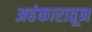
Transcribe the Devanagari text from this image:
अहंकारातून